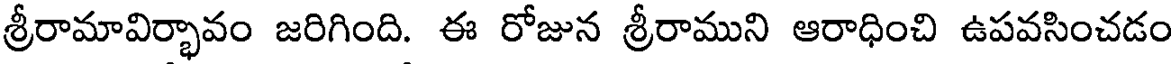
శ్రీరామావిర్భావం జరిగింది. ఈ రోజున శ్రీరాముని ఆరాధించి ఉపవసించడం